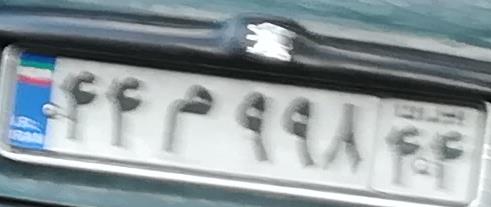
۴۴م۹۹۸۴۴